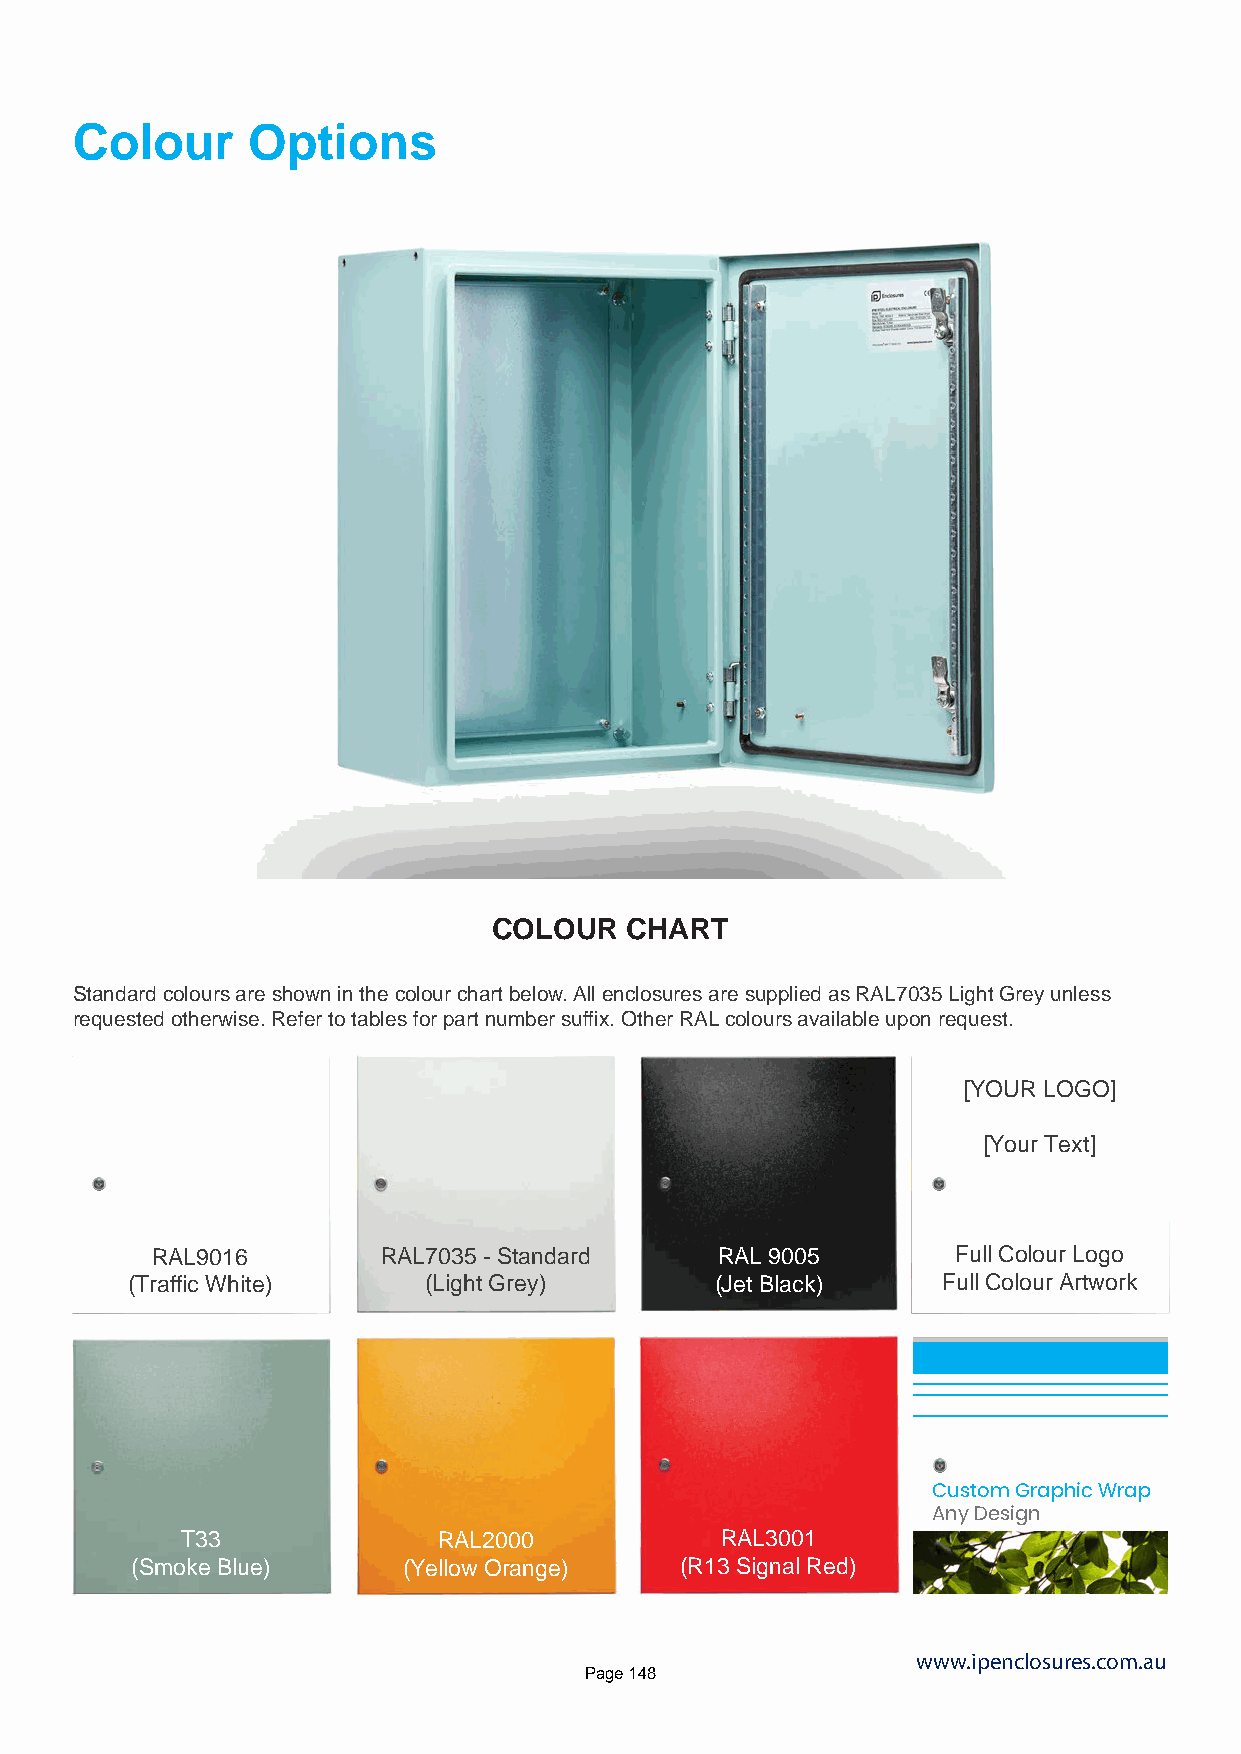
Colour     Options
 COLOUR  CHART
 Standard colours are shown in the colour chart below. All enclosures are supplied as RAL7035 Light Grey unless
 requested otherwise. Refer to tables for part number suffix. Other RAL colours available upon request.
 [YOUR LOGO]
 [Your Text]
 RAL9016        RAL7035 - Standard    RAL 9005        Full Colour Logo
 (Traffic White)     (Light Grey)       (Jet Black)    Full Colour Artwork
 Custom Graphic Wrap
 Any Design
 T33              RAL2000            RAL3001
 (Smoke Blue)      (Yellow Orange)   (R13 Signal Red)
 www.ipenclosures.com.au
 Page 148